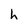
Character: h